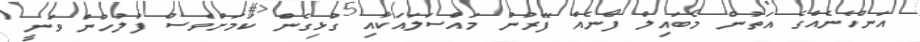
އަންހެނެއްގެ އަތުން މޯބައިލް ފޯނެއް ފޭރުނު މައްސަލައަކާއި ގުޅިގެން ކަމަށްވެސް ފުލުހުން ވަނީ